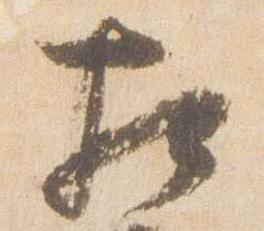
相